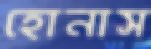
হোনাস